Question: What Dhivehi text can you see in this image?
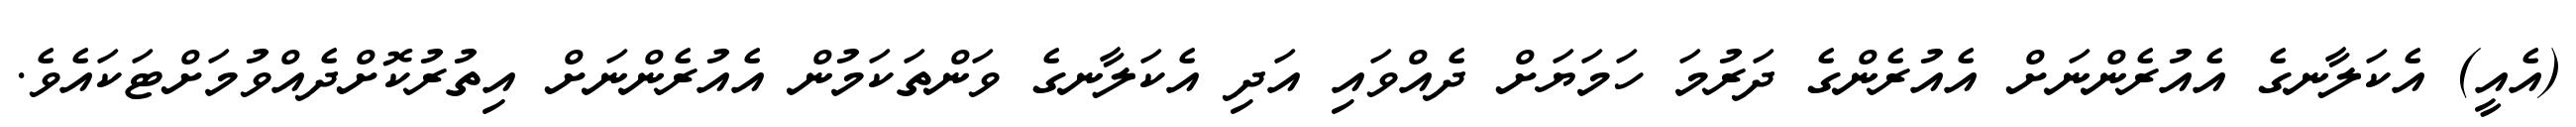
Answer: (އެއީ) އެކަލާނގެ އެއުރެންނަށް އެއުރެންގެ ދަރުމަ ހަމަޔަށް ދެއްވައި އަދި އެކަލާނގެ ވަންތަކަމުން އެއުރެންނަށް އިތުރުކޮށްދެއްވުމަށްޓަކައެވެ.